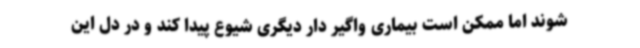
شوند اما ممکن است بیماری واگیر دار دیگری شیوع پیدا کند و در دل این